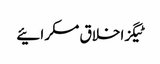
ٹیگزاخلاق مسکرائیے